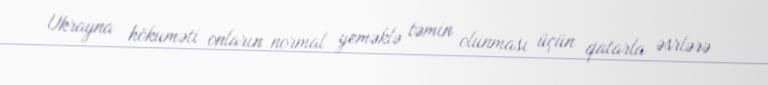
Ukrayna hökuməti onların normal yeməklə təmin olunması üçün qatarla əsrlərə